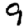
Digit: 9